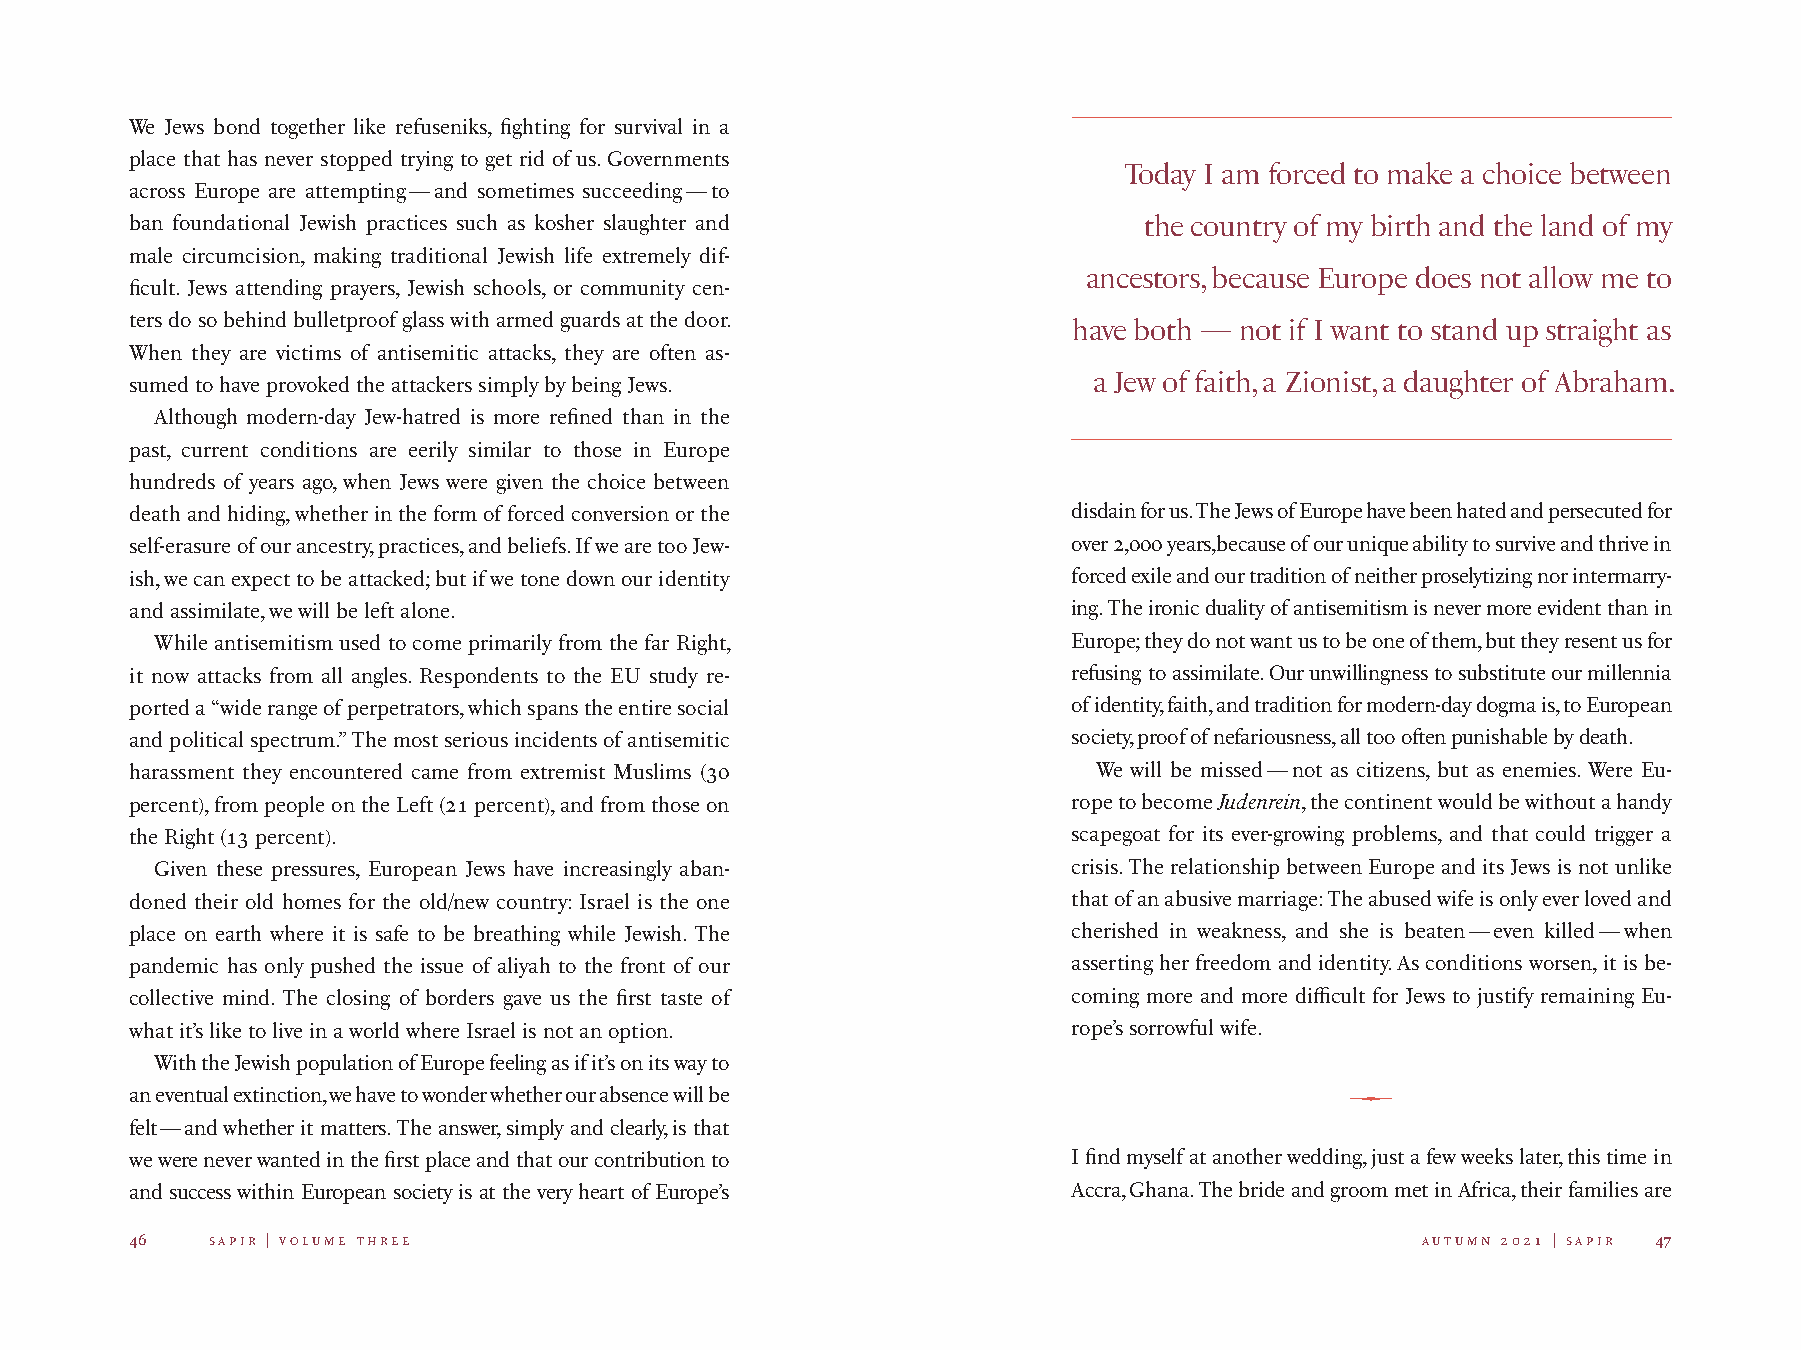
We Jews bond together like refuseniks, fighting for survival in a
 place that has never stopped trying to get rid of us. Governments
 Today I am forced to make a choice between
 across Europe are attempting — and sometimes succeeding — to
 ban foundational Jewish practices such as kosher slaughter and     the country of my birth and the land of my
 male circumcision, making traditional Jewish life extremely dif-
 ancestors, because Europe does not allow me to
 ficult. Jews attending prayers, Jewish schools, or community cen-
 ters do so behind bulletproof glass with armed guards at the door.
 have both — not if I want to stand up straight as
 When they are victims of antisemitic attacks, they are often as-
 sumed to have provoked the attackers simply by being Jews.     a Jew of faith, a Zionist, a daughter of Abraham.
 Although modern-day Jew-hatred is more refined than in the
 past, current conditions are eerily similar to those in Europe
 hundreds of years ago, when Jews were given the choice between
 death and hiding, whether in the form of forced conversion or the disdain for us. The Jews of Europe have been hated and persecuted for
 self-erasure of our ancestry, practices, and beliefs. If we are too Jew- over 2,000 years,because of our unique ability to survive and thrive in
 ish, we can expect to be attacked; but if we tone down our identity forced exile and our tradition of neither proselytizing nor intermarry-
 and assimilate, we will be left alone.                        ing. The ironic duality of antisemitism is never more evident than in
 While antisemitism used to come primarily from the far Right, Europe; they do not want us to be one of them, but they resent us for
 it now attacks from all angles. Respondents to the EU study re- refusing to assimilate. Our unwillingness to substitute our millennia
 ported a “wide range of perpetrators, which spans the entire social of identity, faith, and tradition for modern-day dogma is, to European
 and political spectrum.” The most serious incidents of antisemitic society, proof of nefariousness, all too often punishable by death.
 harassment they encountered came from extremist Muslims (30     We will be missed — not as citizens, but as enemies. Were Eu-
 percent), from people on the Left (21 percent), and from those on rope to become Judenrein, the continent would be without a handy
 the Right (13 percent).                                       scapegoat for its ever-growing problems, and that could trigger a
 Given these pressures, European Jews have increasingly aban- crisis. The relationship between Europe and its Jews is not unlike
 doned their old homes for the old/new country: Israel is the one that of an abusive marriage: The abused wife is only ever loved and
 place on earth where it is safe to be breathing while Jewish. The cherished in weakness, and she is beaten — even killed — when
 pandemic has only pushed the issue of aliyah to the front of our asserting her freedom and identity. As conditions worsen, it is be-
 collective mind. The closing of borders gave us the first taste of coming more and more difficult for Jews to justify remaining Eu-
 what it’s like to live in a world where Israel is not an option. rope’s sorrowful wife.
 With the Jewish population of Europe feeling as if it’s on its way to
 an eventual extinction, we have to wonder whether our absence will be           
 felt — and whether it matters. The answer, simply and clearly, is that
 we were never wanted in the first place and that our contribution to I find myself at another wedding, just a few weeks later, this time in
 and success within European society is at the very heart of Europe’s Accra, Ghana. The bride and groom met in Africa, their families are
 46   sapir | volume three                                                            autumn 2021 | sapir 47